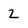
Character: 2